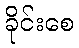
ခိုင်းစေ